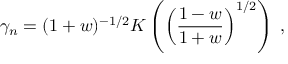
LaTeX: \gamma _ { n } = ( 1 + w ) ^ { - 1 / 2 } K \left( \left( \frac { 1 - w } { 1 + w } \right) ^ { 1 / 2 } \right) \; ,